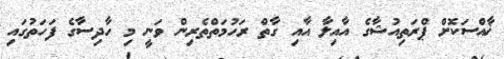
ޚާއްސަކޮށް ޕްރަތިއުޝާގެ އާއިލާ އާއި ގާތް ރަހުމަތްތެރިން ވަނީ މި ހާދިސާގެ ފަހަތުގައި